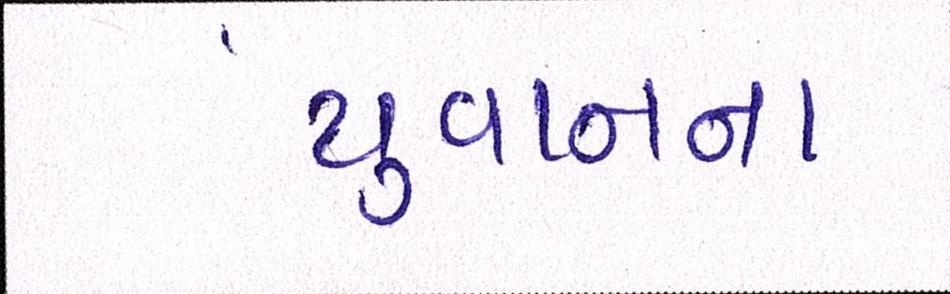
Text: યુવાનના